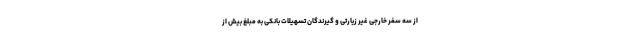
از سه سفر خارجی غیر زیارتی و گیرندگان تسهیلات بانکی به مبلغ بیش از